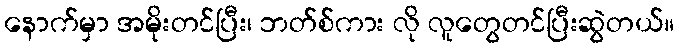
နောက်မှာ အမိုးတင်ပြီး၊ ဘတ်စ်ကား လို လူတွေတင်ပြီးဆွဲတယ်။